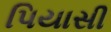
પિયાસી